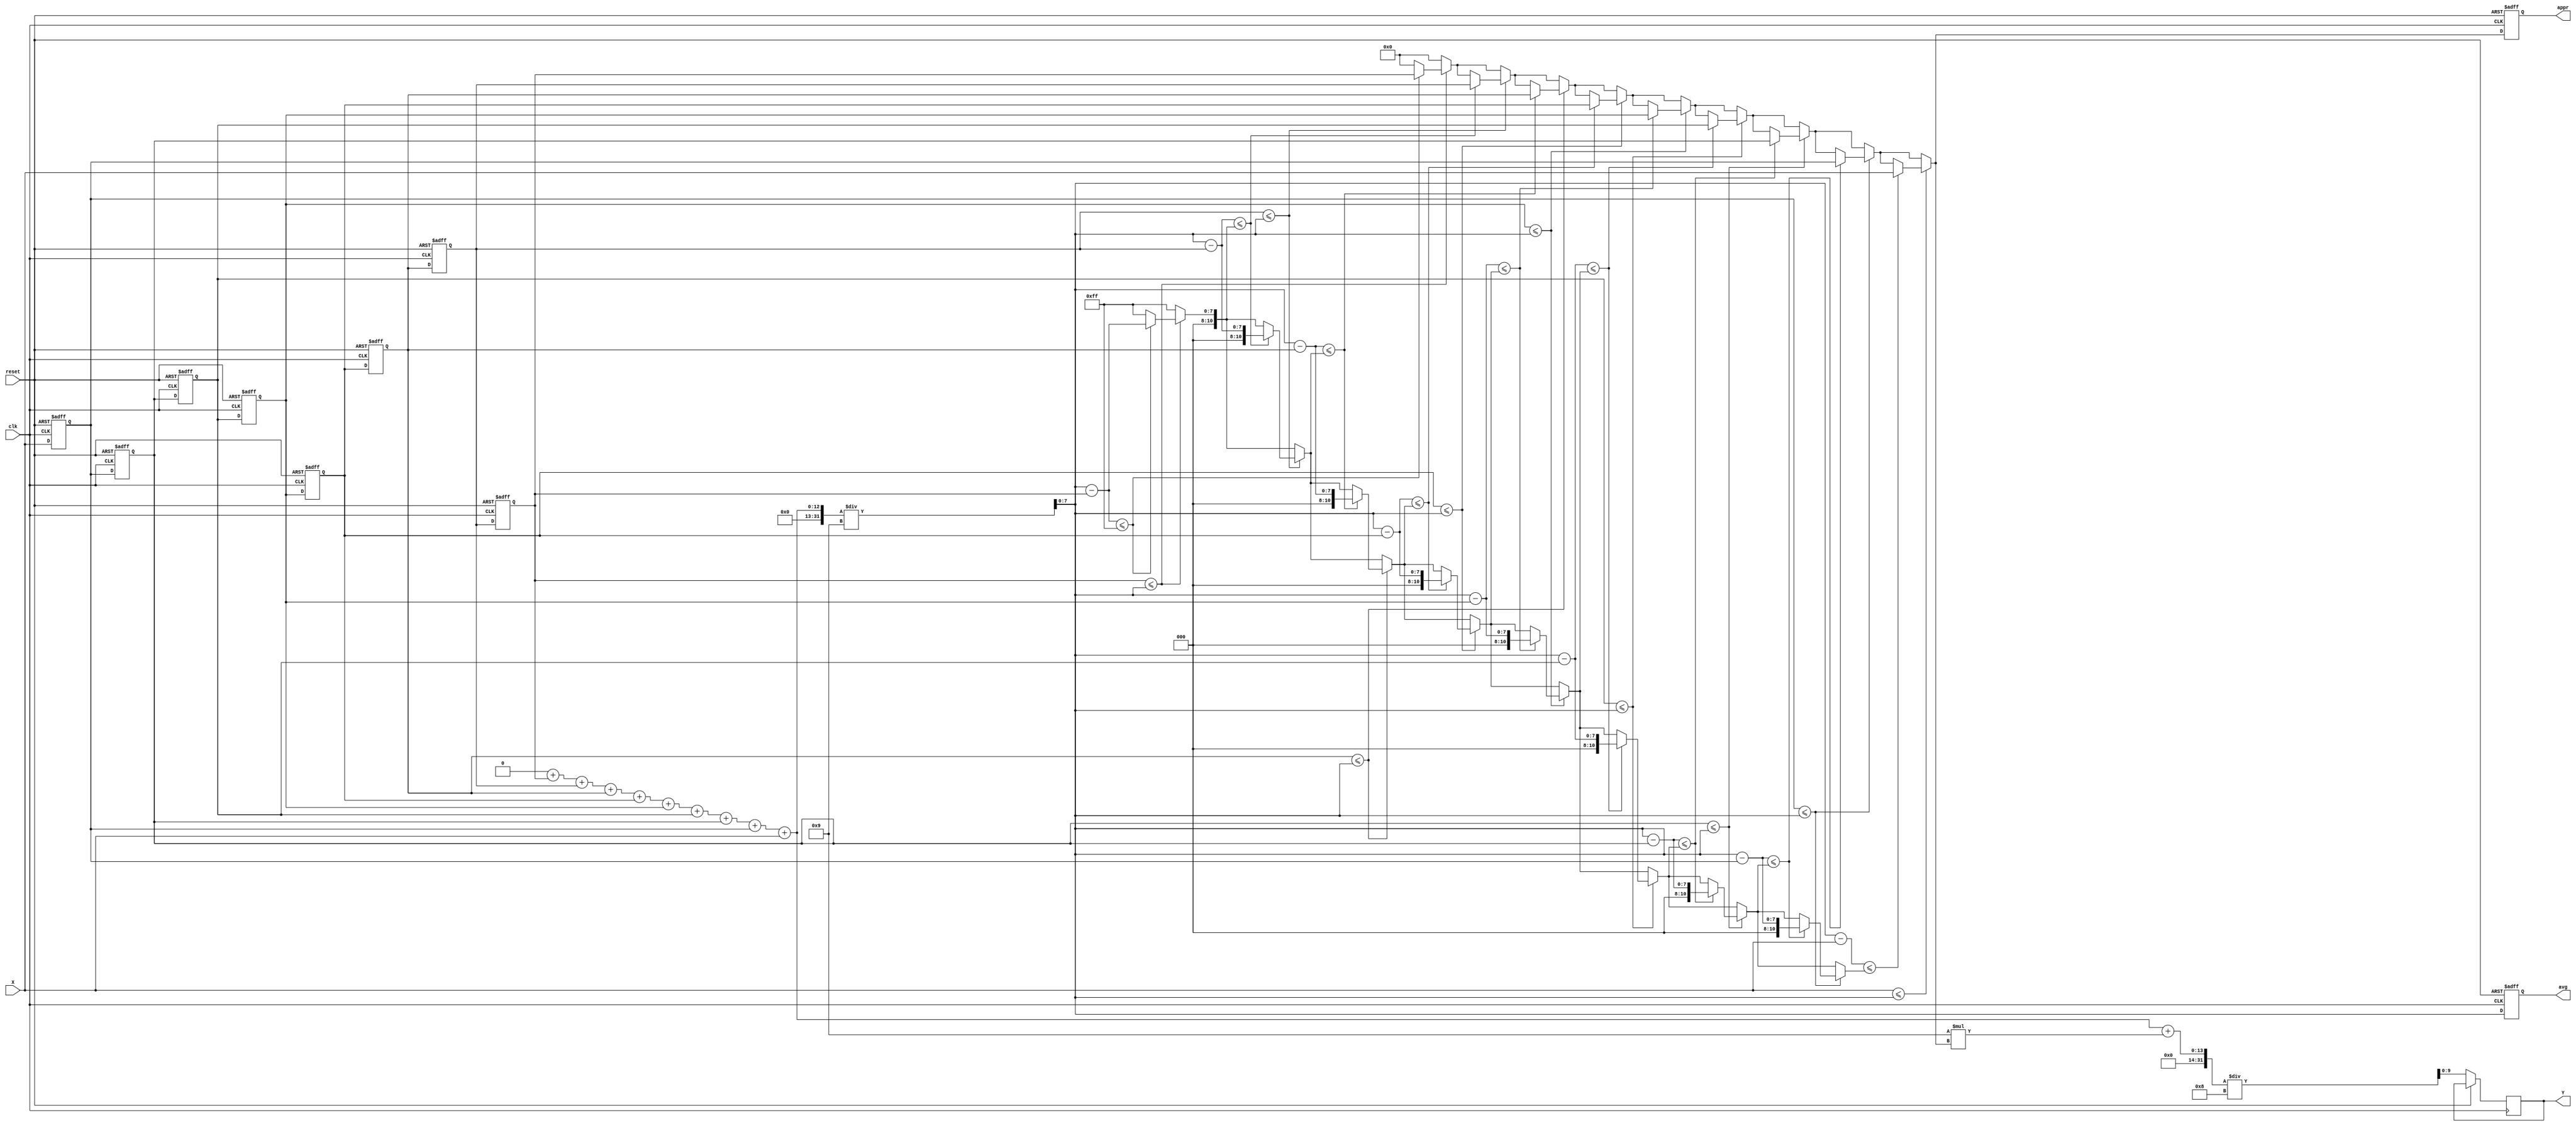
`timescale 1ns/10ps
module CS(Y, X, reset, clk, appr, avg);
input clk, reset;
input [7:0] X;
output reg [9:0] Y;
output reg [7:0] appr;
output reg [7:0] avg;

reg [7:0] queue [0:8];
// for storing the 9 input items, 8-bit item
reg [11:0] sum;
// for storig the sum of 9 items
reg [7:0] temp;
reg [10:0] min;

integer i;

always@(posedge clk or posedge reset)
begin
    if (reset == 1'b1)
    begin

        for (i=0; i<9; i=i+1'b1)
            queue[i]=0;
        avg=0;
        appr=0;
        sum=0;
        min=8'b11111111;

        temp=0;

    end
    else
    begin
        avg=0;
        appr=0;
        sum=0;
        min=8'b11111111;
        temp=0;
        for (i=0; i<8; i=i+1'b1)
        begin
            queue[i]=queue[i+1];// shift the stored item
            sum=sum+queue[i];// sum up the first 8 items

        end
        // store the new input item
        queue[8]=X;
        // add the 9th item

        avg=(sum+queue[8])/9;
        // calculate the average

        for (i=0; i<9; i=i+1'b1)
        begin
            if(queue[i]<=avg)
            begin
                temp=avg-queue[i];
                if(temp<=min)
                begin
                    appr=queue[i];
                    min=temp;
                end

            end




        end
        // find the approximate average

        #5;
        Y=(sum+queue[8]+9*appr)/8;
        // calaulate the output
        // divided by 8
    end
end
endmodule